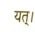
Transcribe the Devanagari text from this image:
यत्।